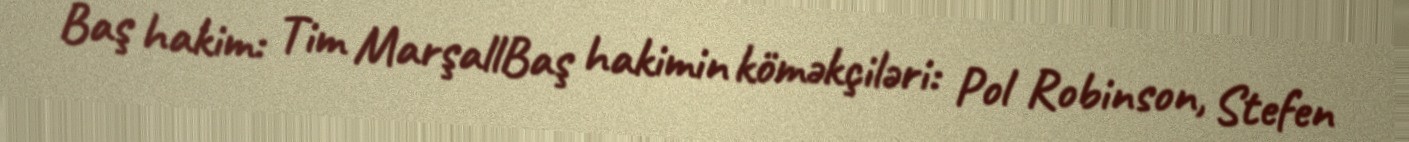
Baş hakim: Tim MarşallBaş hakimin köməkçiləri: Pol Robinson, Stefen